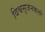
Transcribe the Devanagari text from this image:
विश्वसृजनकर्ता